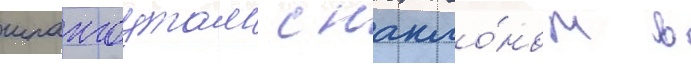
шпангоутам с накло́ном в